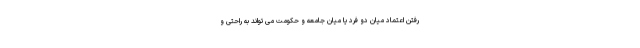
رفتن اعتماد میان دو فرد یا میان جامعه و حکومت می تواند به راحتی و